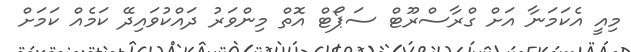
މިއީ އެކަމަނާ އަށް ގްރާސްރޫޓް ސަޕޯޓް އޮތް މިންވަރު ދައްކުވައިދޭ ކަމެއް ކަމަށް